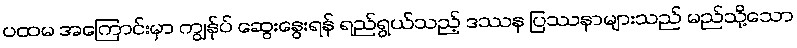
ပထမ အကြောင်းမှာ ကျွန်ုပ် ဆွေးနွေးရန် ရည်ရွယ်သည့် ဒဿန ပြဿနာများသည် မည်သို့သော